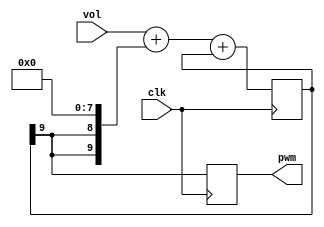
/*
 * PWM-    0..255  PWM      2
 */

module audio_pwm(

    input  wire       clk,    // 100 mhz
    input  wire [7:0] vol,    // 0..255
    output reg        pwm     // 0/1

);
       
    reg [9:0] DeltaAdder; // Output of Delta adder
    reg [9:0] SigmaAdder; // Output of Sigma adder
    reg [9:0] SigmaLatch; // Latches output of Sigma adder
    reg [9:0] DeltaB;     // B input of Delta adder
    
    always @(SigmaLatch) 
        DeltaB = {SigmaLatch[9], SigmaLatch[9]} << (8);
    
    always @(vol or DeltaB) 
        DeltaAdder = vol + DeltaB;
        
    always @(DeltaAdder or SigmaLatch) 
        SigmaAdder = DeltaAdder + SigmaLatch;
        
    always @(posedge clk)
    begin
        SigmaLatch <= SigmaAdder;
        pwm <=  SigmaLatch[9];
    end

endmodule